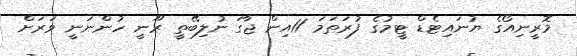
މޮރީނިއޯގެ ޔުނައިޓެޑް ޓީމުގެ ފުރަތަމަ 11އިން ޖާގަ ނުލިބޭތީ ރޫނީ ހުންނަނީ ވަރަށް